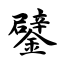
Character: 鐾